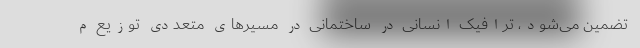
تضمین می‌شود، ترافیک انسانی در ساختمانی در مسیرهای متعددی توزیع م